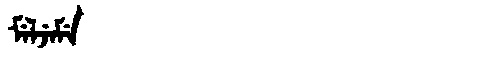
Manchu: ᠮᡝᠯᠵᡝᠮᡝ
Romanization: MELJEME